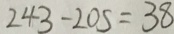
2 4 3 - 2 0 5 = 3 8